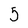
Character: 5